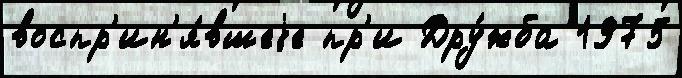
воспр'ин'я́вшеjе пр'и Дру́жба 1975